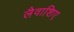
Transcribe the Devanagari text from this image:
लैवाशिए